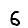
Digit: 6